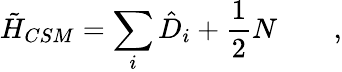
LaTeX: \tilde{H}_{CSM}=\sum_{i}\hat{D}_{i}+\frac{1}{2}N\qquad,